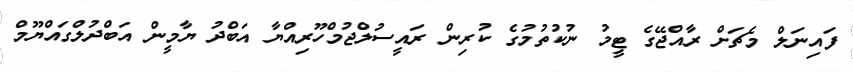
ފައިނަލް މެޗަށް ރާއްޖޭގެ ޓީމު ނުކުތުމުގެ ކުރިން ރައީސުލްޖުމްހޫރިއްޔާ އަބްދު ޔާމީން އަބްދުލްގައްޔޫމް